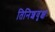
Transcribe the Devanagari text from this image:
तिनिशवृक्षः